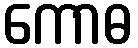
ကောဓ